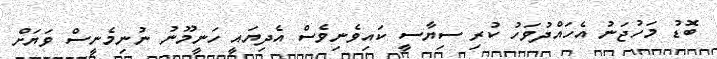
ބޮޑު މަހުޖަނު އެހައްދުވަހު ކުރި ސިޔާސީ ކައިވެނިވެސް އެދިޔައީ ހަނީމޫނު ނުނިމެނީސް ވަޔަށް